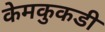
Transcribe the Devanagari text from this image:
केमकुकडी